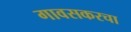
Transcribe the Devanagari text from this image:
गावसकरचा